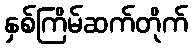
နှစ်ကြိမ်ဆက်တိုက်